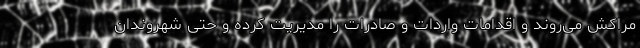
مراکش می‌روند و اقدامات واردات و صادرات را مدیریت کرده و حتی شهروندان